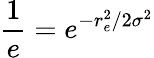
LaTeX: \frac{1}{e}=e^{-r_{e}^{2}/2\sigma^{2}}